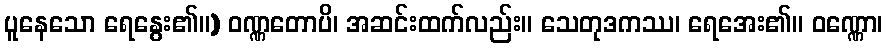
ပူနေသော ရေနွေး၏။) ဝဏ္ဏတောပိ၊ အဆင်းထက်လည်း။ သေတုဒကဿ၊ ရေအေး၏။ ဝဏ္ဏော၊